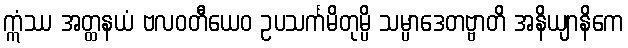
ဣံဿ အတ္ထနယံ ဗလဝတီယေဝ ဥပသင်္ကမိတုမ္ပိ သမ္ပာဒေတဗ္ဗာတိ အနိယျာနိကေ